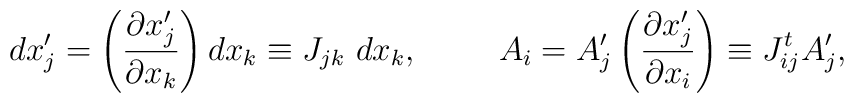
d x'_j = \left( \frac{\partial x'_j}{\partial x_k} \right) d x_k \equiv J_{jk} \ d x_k,\hspace{1cm}          A_i =  A'_j      \left( \frac{\partial x'_j} {\partial x_i} \right) \equiv           J_{ij}^t A'_j,